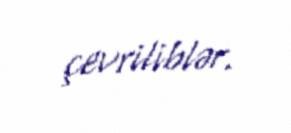
çevriliblər.